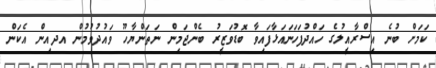
ކަމަށް ބުނެ އިސްރާއީލުގެ ހައްދުފަހަނައަޅާފައިވާ ބޮޑުވަޒީރު ބެންޖަމިން ނަތަންޔާހޫ ވައުދުވުމުން އދއިން އެކަން